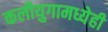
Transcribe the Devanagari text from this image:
कलीयुगामध्येही